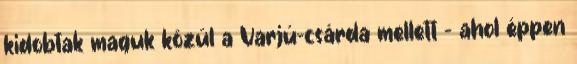
kidobtak maguk közül a Varjú-csárda mellett - ahol éppen